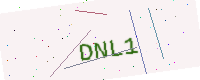
Text: DNL1